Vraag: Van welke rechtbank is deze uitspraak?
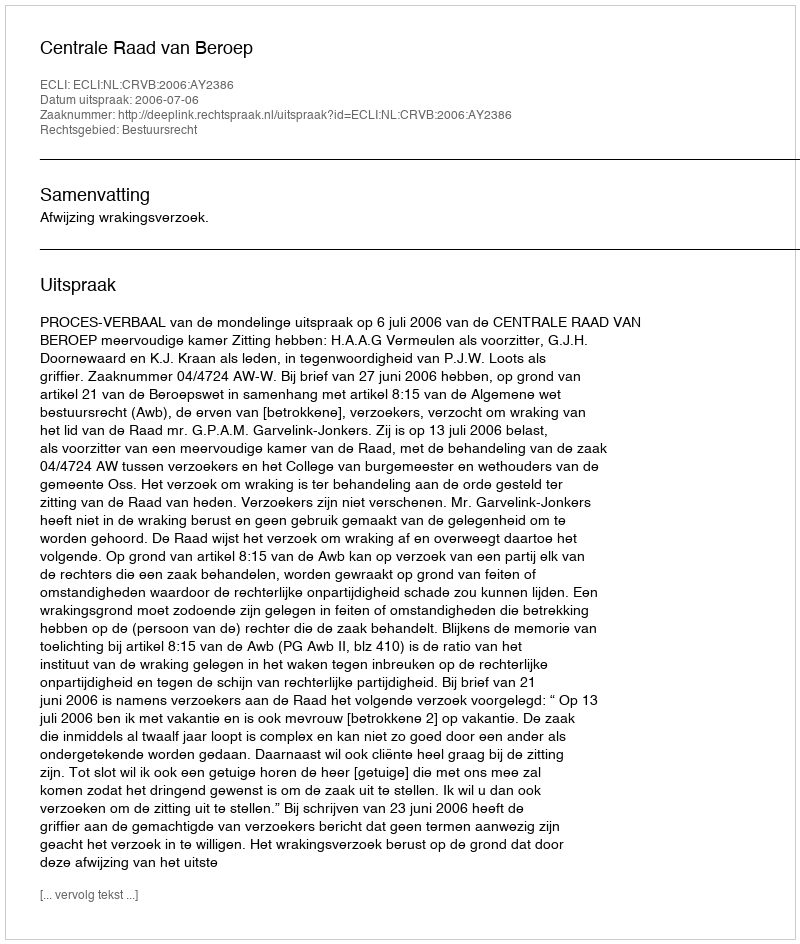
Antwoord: Centrale Raad van Beroep